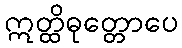
ဣတ္ထိဓုတ္တောပေ